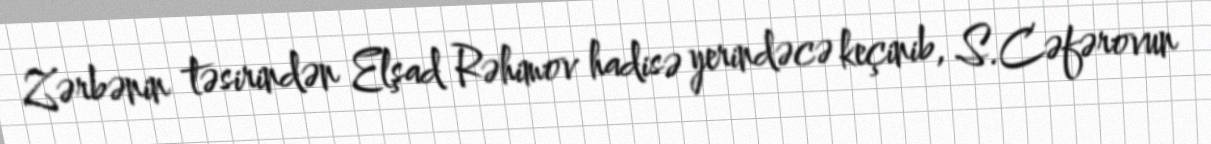
Zərbənin təsirindən Elşad Rəhimov hadisə yerindəcə keçinib, S.Cəfərovun